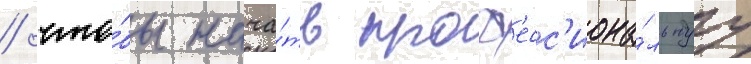
/ что́бы нача́ть проф'есс'иона́льнуу